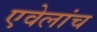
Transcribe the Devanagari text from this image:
एवेलांच